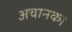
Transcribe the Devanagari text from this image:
अचानक।